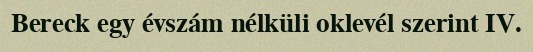
Bereck egy évszám nélküli oklevél szerint IV.